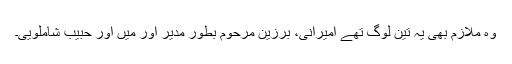
وہ ملازم بھی یہ تین لوگ تھے امیرانی، برزین مرحوم بطور مدیر اور میں اور حبیب شاملویی۔